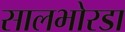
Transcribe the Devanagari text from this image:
सालभोरडा